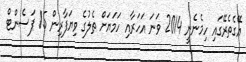
އޭގެތެރޭގައި ހިމެނެނީ 2014 ވަނަ އަހަރާއި ހަމަޔަށް ތެލުގެ ވިޔަފާރިން 15 ޕަސެންޓް